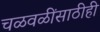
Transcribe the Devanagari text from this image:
चळवळींसाठीही